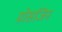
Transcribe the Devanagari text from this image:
ग्रोसजिन